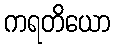
ကရတိယော